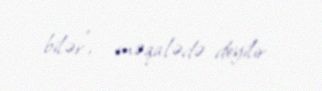
bilər”, - məqalədə deyilir.